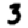
Digit: 3